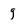
Character: g